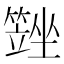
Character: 𡓆